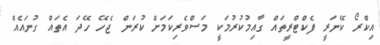
އިކްރޯ ކޭނަރީ ފެކްޓްރީތައް ގާއިމުކުރުމަކީ މަސްވެރިކަމަށް ކުރަން ޖެހޭ ހޭދަ އެތައް ގުނައެއް